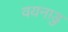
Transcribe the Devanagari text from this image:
वयनाडु